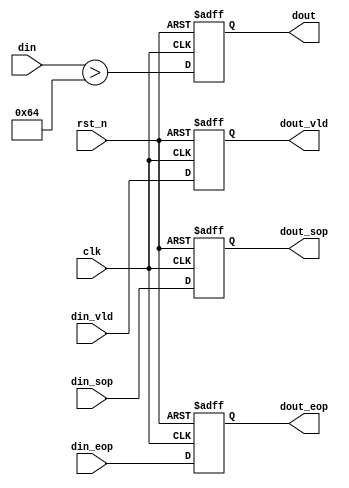
module gray2bin(
    input           clk         ,
    input           rst_n       ,
    
    input           din_sop     ,
    input           din_eop     ,
    input           din_vld     ,
    input   [7:0]   din         ,//

    output          dout_sop    ,
    output          dout_eop    ,
    output          dout_vld    ,
    output          dout         //  

);
//

    reg             binary      ;
    reg             binary_sop  ;
    reg             binary_eop  ;
    reg             binary_vld  ;

    always  @(posedge clk or negedge rst_n)begin
        if(~rst_n)begin
            binary     <= 0 ;
            binary_sop <= 0 ;
            binary_eop <= 0 ;
            binary_vld <= 0 ;
        end
        else begin
            binary     <= din>100 ;//
            binary_sop <= din_sop ;
            binary_eop <= din_eop ;
            binary_vld <= din_vld ;
        end
    end

   assign dout_sop = binary_sop; 
   assign dout_eop = binary_eop;
   assign dout_vld = binary_vld;
   assign dout     = binary;


endmodule